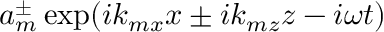
a _ { m } ^ { \pm } \exp ( i k _ { m x } x \pm i k _ { m z } z - i \omega t )